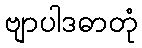
ဗျာပါဒဓာတုံ